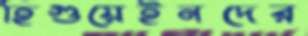
হিগুয়েইনদের